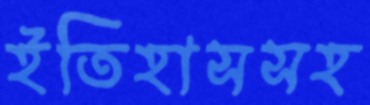
ইতিহাসসহ